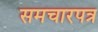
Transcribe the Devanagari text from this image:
समचारपत्र